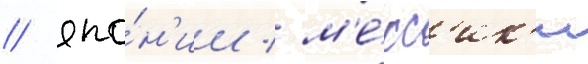
/ япо́н'ии / м'е́кс'ик'и